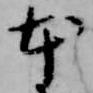
本